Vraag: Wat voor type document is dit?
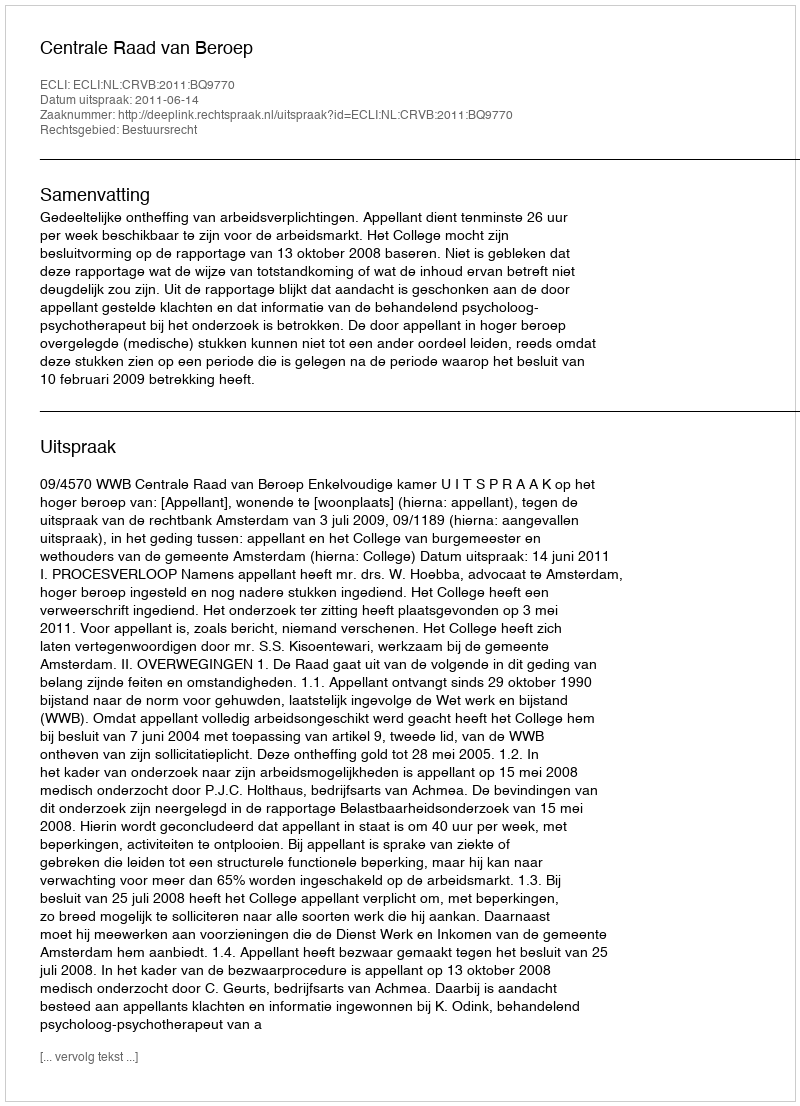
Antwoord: Uitspraak